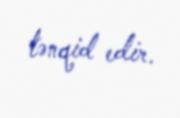
tənqid edir.